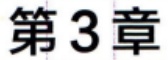
第3章